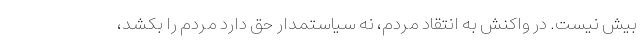
بیش نیست. در واکنش به انتقاد مردم، نه سیاستمدار حق دارد مردم را بکشد،